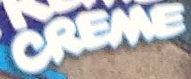
CREME